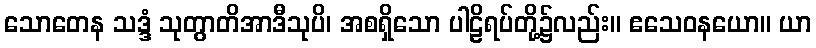
သောတေန သဒ္ဒံ သုတွာတိအာဒီသုပိ၊ အစရှိသော ပါဠိရပ်တို့၌လည်း။ ဧသေဝနယော။ ယာ